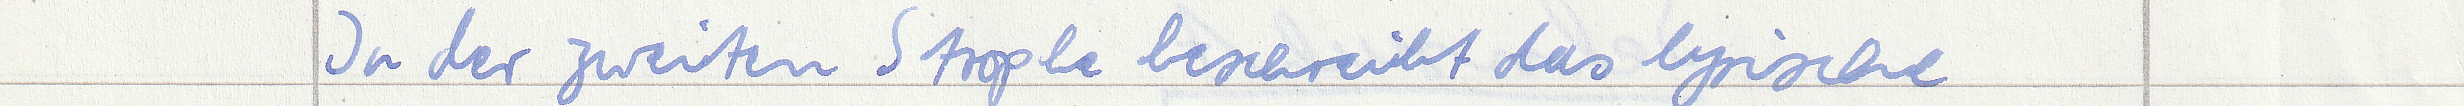
In der zweiten Strophe beschreibt das lyrische